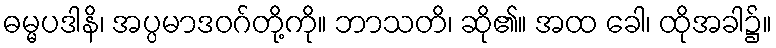
ဓမ္မပဒါနိ၊ အပ္ပမာဒဝဂ်တို့ကို။ ဘာသတိ၊ ဆို၏။ အထ ခေါ၊ ထိုအခါ၌။